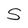
Character: S